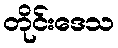
တိုင်းဒေသ